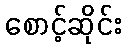
စောင့်ဆိုင်း